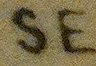
SE